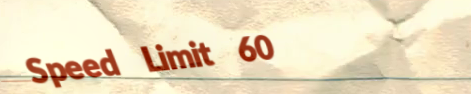
Speed Limit 60